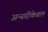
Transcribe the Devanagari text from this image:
अन्स्पीकेबल